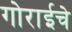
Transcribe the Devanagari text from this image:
गोराईचे